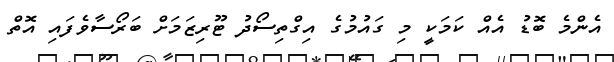
އެންމެ ބޮޑު އެއް ކަމަކީ މި ގައުމުގެ އިގްތިސޯދު ޓޫރިޒަމަށް ބަރޯސާވެފައި އޮތް